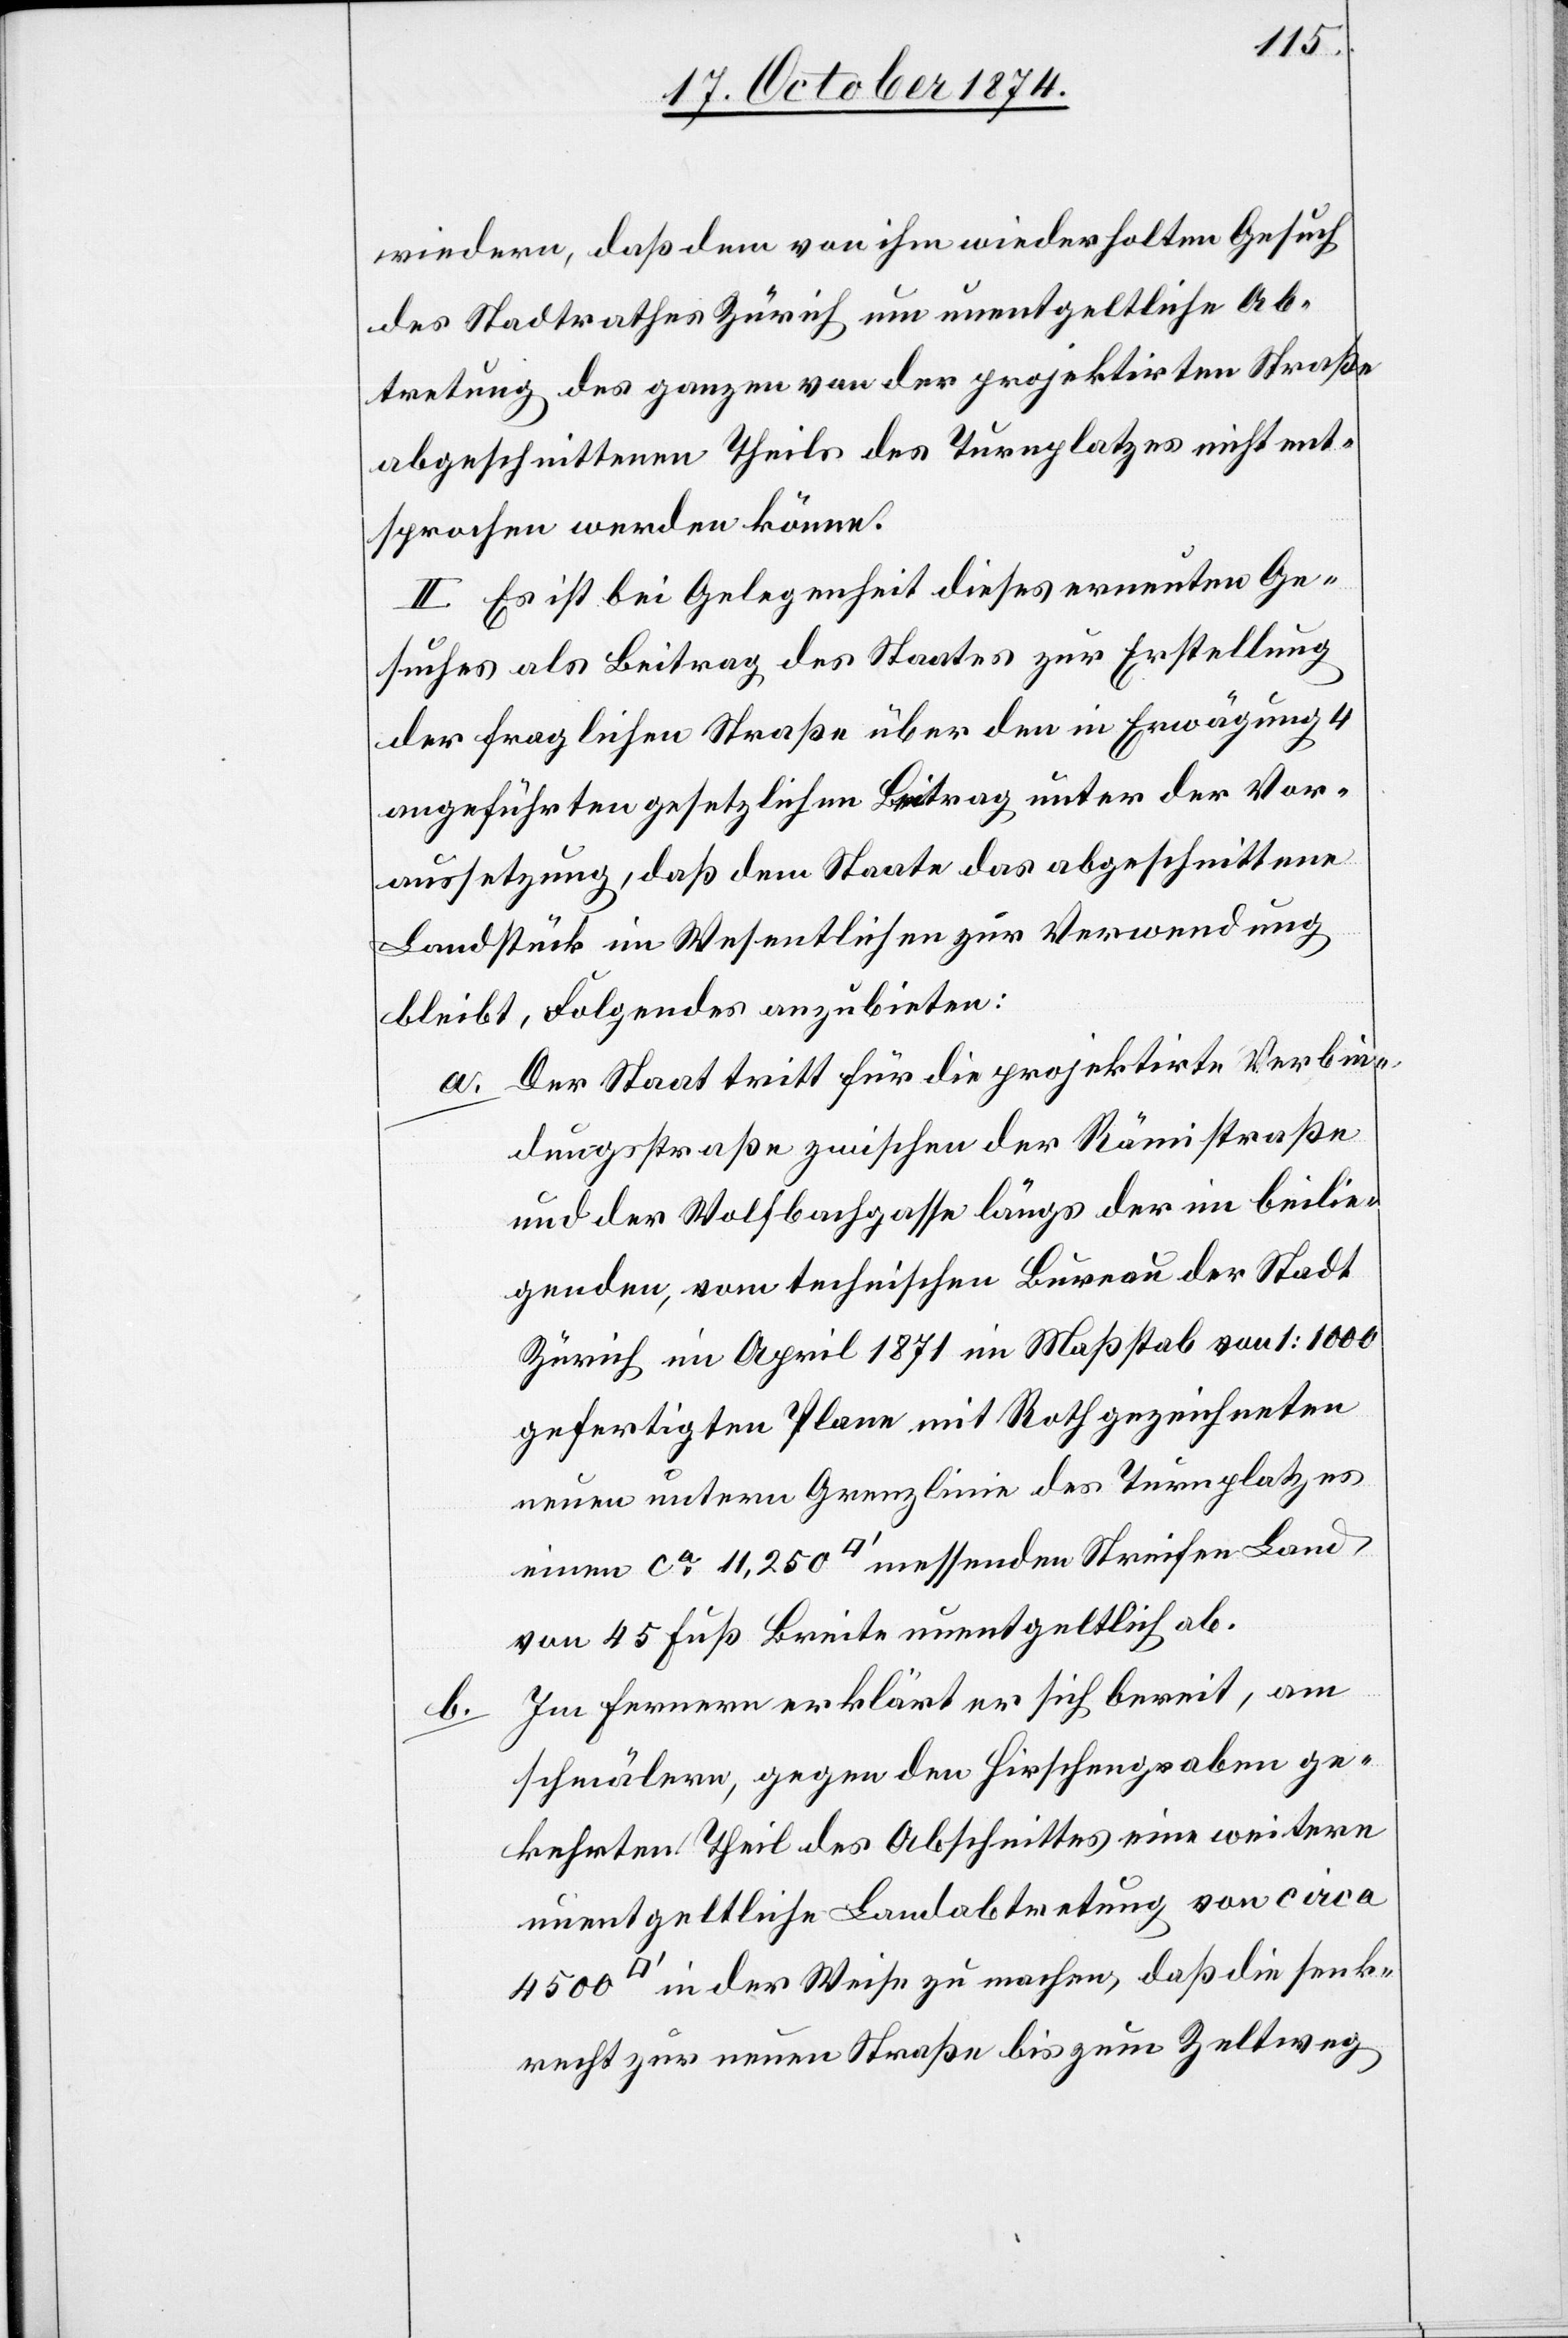
wiedern, daß dem von ihm wiederholten Gesuch
des Stadtrathes Zürich um unentgeltliche Ab¬
tretung des ganzen von der projektirten Straße
abgeschnittenen Theils des Turnplatzes nicht ent¬
sprochen werden könne.
II. Es ist bei Gelegenheit dieses erneuten Ge¬
suches als Beitrag des Staates zur Erstellung
der fraglichen Straße über den in Erwägung 4
angeführten gesetzlichen Beitrag unter der Vor¬
aussetzung, daß dem Staate das abgeschnittene
Landstück im Wesentlichen zur Verwendung
Folgendes anzubieten:
bleibt,
Der Staat tritt für die projektirte Verbin¬
a.
dungsstraße zwischen der Rämistraße
und der Wolfbachgasse längs der im beilie¬
genden, vom technischen Bureau der Stadt
Zürich im April 1871 im Maßstab von 1:1000
gefertigten Plane mit Roth gezeichneten
neuen untern Grenzlinie des Turnplatzes
einen ca 11,250 [Quadratfuß] messenden Streifen Land
von 45 Fuß Breit unentgeltlich ab.
Im fernern erklärt er sich bereit, am
b.
schmälern, gegen den Hirschengraben ge¬
kehrten Theil des Abschnittes eine weitere
unentgeltliche Landabtretung von circa
in der Weise zu machen, daß die senk¬
recht zur neuen Straße bis zum Zeltweg